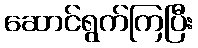
ဆောင်ရွက်ကြပြီး